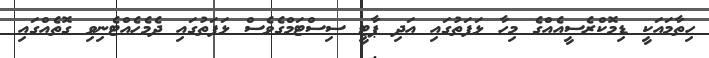
ހިތާމައަކީ ޑިމޮކްރެސީއެއްގެ މިހާ ޅަފަތުގައި އަދި ޕާޓީ ސިސްޓަމްގެވެސް ޅަފަތުގައި ދެމެހެއްޓެނިވި ގޮތެއްގައި